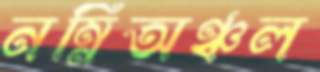
নম্নিঅঞ্চল